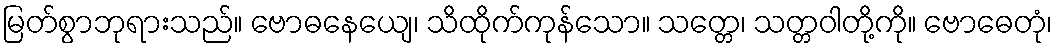
မြတ်စွာဘုရားသည်။ ဗောဓနေယျေ၊ သိထိုက်ကုန်သော။ သတ္တေ၊ သတ္တဝါတို့ကို။ ဗောဓေတုံ၊